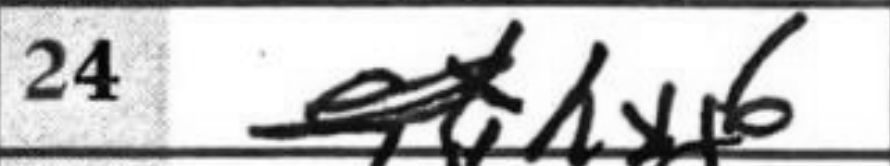
Transcription: hxg6